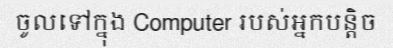
ចូលទៅក្នុង Computer របស់អ្នកបន្តិច